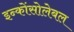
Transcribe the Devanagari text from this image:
इन्कोंसोलेबल